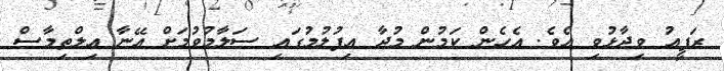
ރަފީއު ވިދާޅުވި އެވެ. އެހެން ކަމުން މުދާ އިފުލުމުގައި ސަލާމުވުމަށް އޭނާ އިލްތިމާސް